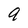
Character: 9